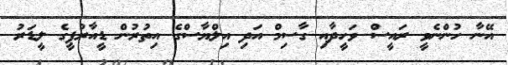
އޭނާ ހުންނެވީ ރައީސް ވަހީދާއި ގާސިމް އަދި އިލްޔާސްގެ އިތުރުން ޑީއާރުޕީގެ ލީޑަރު